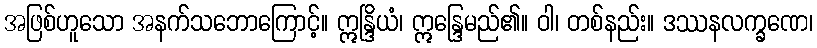
အဖြစ်ဟူသော အနက်သဘောကြောင့်။ ဣန္ဒြိယံ၊ ဣန္ဒြေမည်၏။ ဝါ၊ တစ်နည်း။ ဒဿနလက္ခဏေ၊